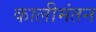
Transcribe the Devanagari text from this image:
कालीमंतन